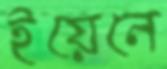
ইয়েনে